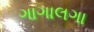
ગાગાલગા